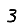
Digit: 3